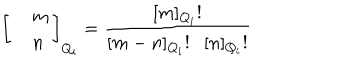
LaTeX: \left[ \begin{array} { c l c r } { { } } & { { m } } \\ { { } } & { { n } } \\ \end{array} \right] _ { Q _ { i } } = \frac { \lbrack m \rbrack _ { Q _ { i } } ! } { \lbrack m - n \rbrack _ { Q _ { i } } ! \lbrack n \rbrack _ { Q _ { i } } ! }